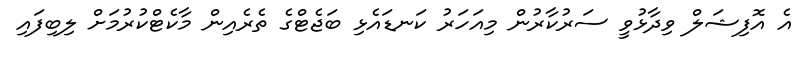
އެ އޮފިޝަލް ވިދާޅުވީ ސަރުކާރުން މިއަހަރު ކަނޑައެޅި ބަޖެޓްގެ ތެރެއިން މާކެޓްކުރުމަށް ލިބިފައި